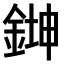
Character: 𫒨